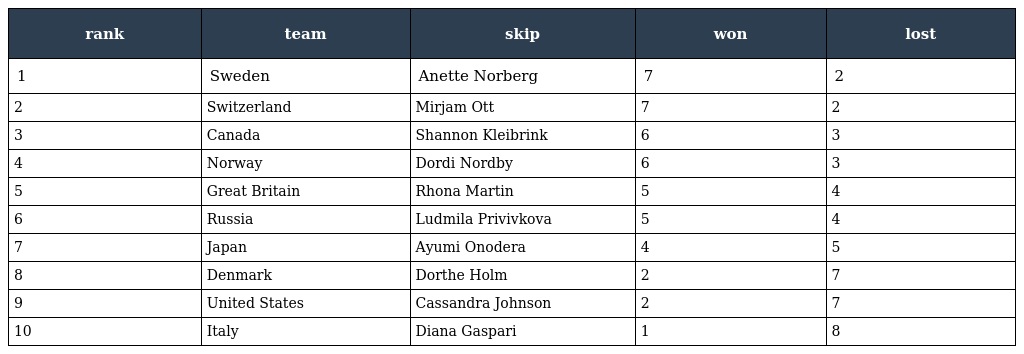
| rank | team | skip | won | lost |
 | --- | --- | --- | --- | --- |
 | 1 | Sweden | Anette Norberg | 7 | 2 |
 | 2 | Switzerland | Mirjam Ott | 7 | 2 |
 | 3 | Canada | Shannon Kleibrink | 6 | 3 |
 | 4 | Norway | Dordi Nordby | 6 | 3 |
 | 5 | Great Britain | Rhona Martin | 5 | 4 |
 | 6 | Russia | Ludmila Privivkova | 5 | 4 |
 | 7 | Japan | Ayumi Onodera | 4 | 5 |
 | 8 | Denmark | Dorthe Holm | 2 | 7 |
 | 9 | United States | Cassandra Johnson | 2 | 7 |
 | 10 | Italy | Diana Gaspari | 1 | 8 |